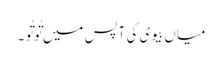
میاں بیوی کی آپس میں تُوتُو ۔